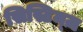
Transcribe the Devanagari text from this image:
सिस्टिम्ज़